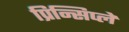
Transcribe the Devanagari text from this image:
प्रिन्सिप्ले